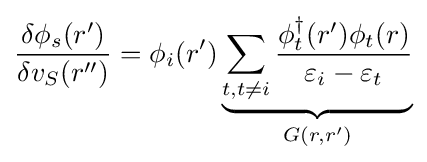
{\frac {\delta \phi _{s}(r')}{\delta v_{S}(r'')}}=\phi _{i}(r')\underbrace {\sum _{t,t\neq i}{\frac {\phi _{t}^{\dagger }(r')\phi _{t}(r)}{\varepsilon _{i}-\varepsilon _{t}}}} _{G(r,r')}